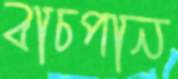
বাচপান